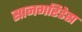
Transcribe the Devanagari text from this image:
सानगरिडेस